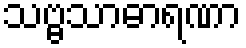
သဗ္ဗသာဓာရဏာ